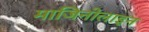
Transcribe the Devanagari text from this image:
माजिनोलाइन